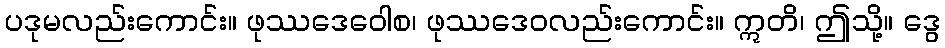
ပဒုမလည်းကောင်း။ ဖုဿဒေဝေါစ၊ ဖုဿဒေဝလည်းကောင်း။ ဣတိ၊ ဤသို့။ ဒွေ